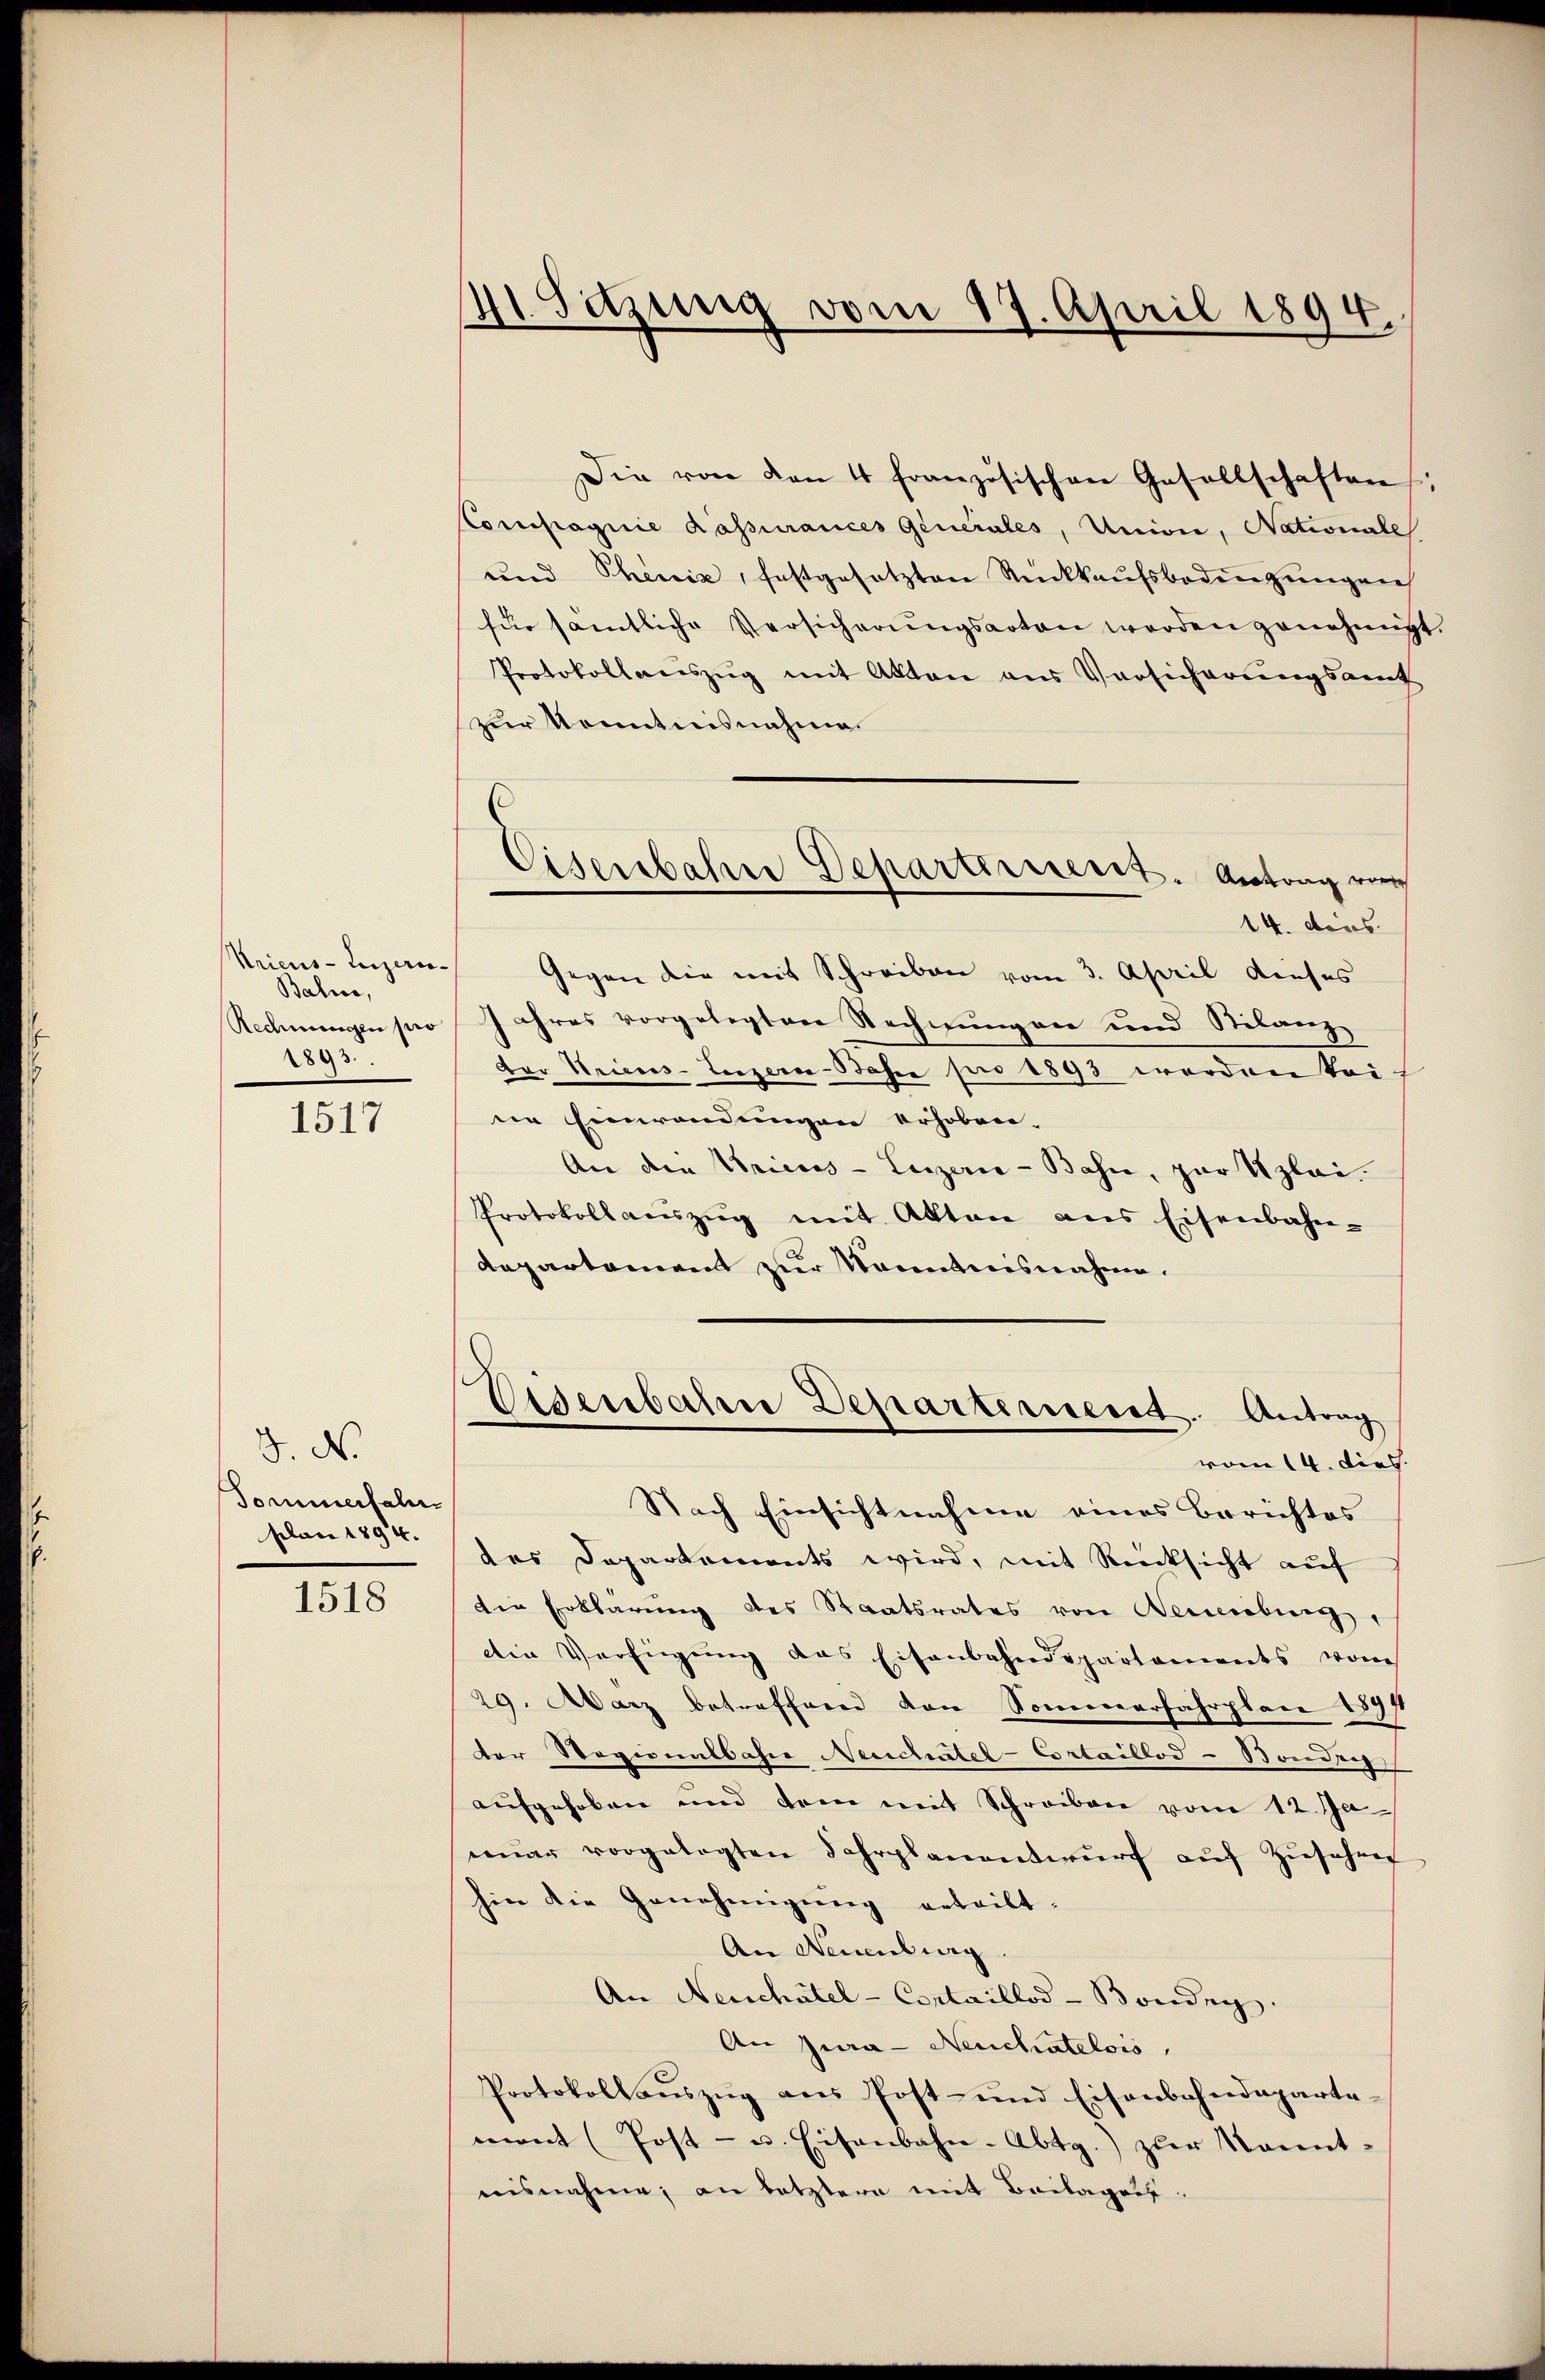
Kricus Luzern¬
Balm,
Rechnungen pro
1893.

1517

3. No
Sommerfall
plan 1894.

1518

41. Setzung vom 17. April 1894.

Die von den 4 französischen Gesellschaften
Compagnie Kassurances Generales, Unione, Nationale
und Theniz, festgesetzten Rückkaŭfsbodenzungen
für sämtliche Versicherŭngsarten werden genehmig
Protokollauszug mit Akten aus Versicherungsamt
zur Kenntnisnahme
14. dens.
Gegen die mit Schreiben vom 3. April dieses
Jahres vorgelegten Rechnungen und Stilanz
der Meines Luzern Bahre per 1890 werden kais
ne Einwendungen erhoben
An den Kreis-Luzern - Bahn, zur Uzlei
Protokollauszug mit Akten aus Eisenbahn-
departement zur Kenntnisnahme.
Eisenbahre Departerient. Antrag
vom 14. dies.
Nach Einsichtnahme eines Berichtes
des Departements wird, mit Rücksicht auf
die Erklärung des Staatsrates von Neuiebung,
Die Verfügung des Eisenbahndepartaments vom
29. März betreffend den Sommerfahrplan 18971
der Regionalbahre Neeichertel-Cortaillod - Banden
aufgehoben und dem mit Schreiben vom 12. Ja
mar vorgelegten Fahrplanentwŭrf aŭf Zŭschre
hin die Genehmigung erteilt.
An Neuenburg.
An Neuchâtel - Cortaillod-Bondig.
An Jura - Neuchatelois,
Protokollaŭszŭg ans Post- und Eisenbahndeparte-
mont (Post- u. Eisenbahn-Abtg.) zŭr kannt-
nisnahme, an letztere mit Beilagens¬

Eisenbahre Departerrent. Antrag vo